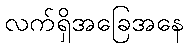
လက်ရှိအခြေအနေ